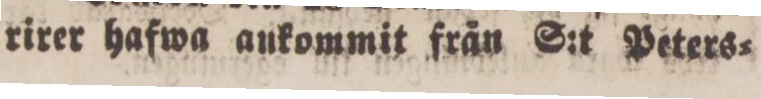
rirer hafwa ankommit från S:t Peters=